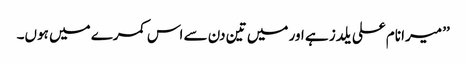
’’ میرا نام علی یلدز ہے اور میں تین دن سے اس کمرے میں ہوں۔